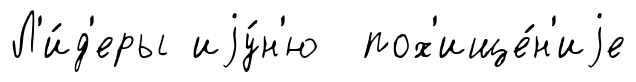
Л'и́д'еры иjу́н'ю пох'ище́н'иjе